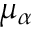
\mu _ { \alpha }